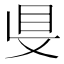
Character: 𥄁